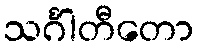
သင်္ဂါတီတော